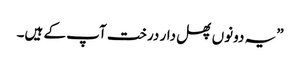
”یہ دونوں پھل دار درخت آپ کے ہیں۔